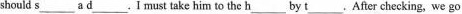
should \underline{s a} \underline{d} . Imust take him to the \underline{b} by \underline{t} 。After checking, we go